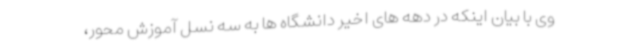
وی با بیان اینکه در دهه های اخیر دانشگاه ها به سه نسل آموزش محور،